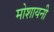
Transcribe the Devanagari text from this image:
मोशायनी